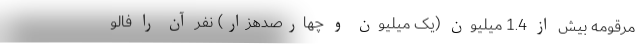
مرقومه بیش از 1.4 میلیون (یک میلیون و چهارصدهزار) نفر آن را فالو